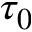
\tau _ { 0 }